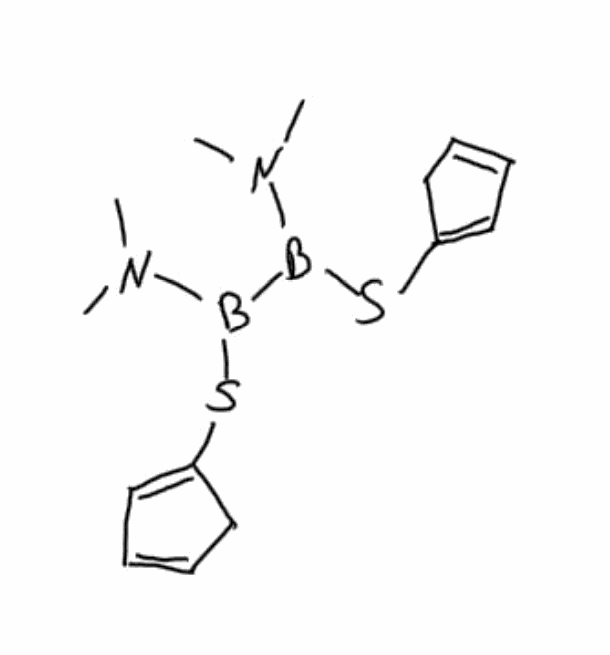
Simplified molecular-input line-entry system (SMILES) notation of the given molecule:
B(B(N(C)C)SC1=CC=CC1)(N(C)C)SC2=CC=CC2